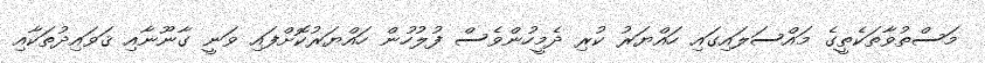
މަސްތުވާތަކެތީގެ މައްސަލައިގައި ހައްޔަރު ކުރި ދެމީހުންވެސް ފުލުހުން ހައްޔަރުކޮށްފައި ވަނީ ގާނޫނާއި ޤަވައިދުތަކާއި